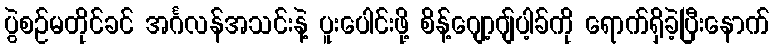
ပွဲစဉ်မတိုင်ခင် အင်္ဂလန်အသင်းနဲ့ ပူးပေါင်းဖို့ စိန့်ဂျော့ဂျ်ပါ့ခ်ကို ရောက်ရှိခဲ့ပြီးနောက်